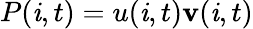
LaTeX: P(\mathit{i},t)=u(\mathit{i},t)\mathbf{v}(\mathit{i},t)